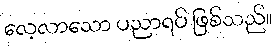
လေ့လာသော ပညာရပ် ဖြစ်သည်။